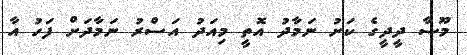
މޫސާ ދީދީގެ ކަށު ނަމާދު އޮތީ މިއަދު އަސްރު ނަމާދަށް ފަހު އާ